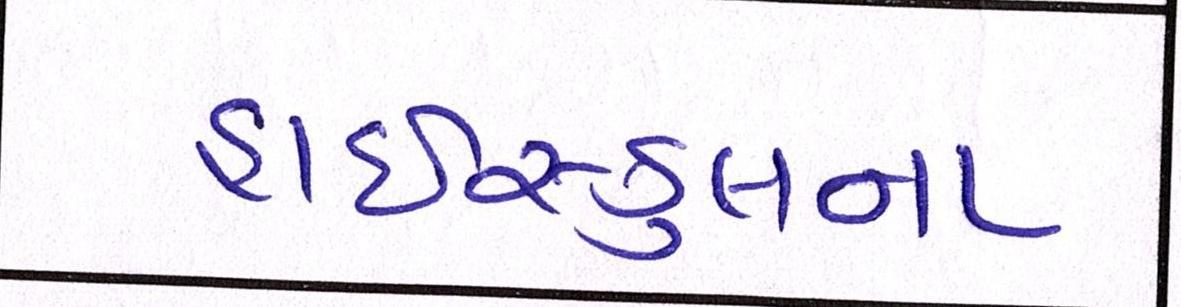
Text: હાઇસ્કુલના